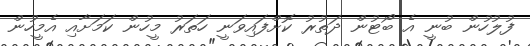
ފުލުހުން ބުނީ އެ ބޯޓުން ދަތުރު ކޮށްފައިވަނީ ހަތަރު މީހުން ކަމަށާއި އެމީހުން